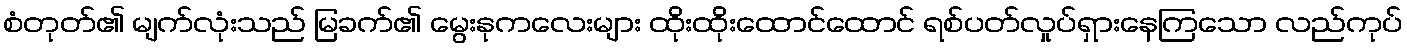
စံတုတ်၏ မျက်လုံးသည် မြခက်၏ မွေးနုကလေးများ ထိုးထိုးထောင်ထောင် ရစ်ပတ်လှုပ်ရှားနေကြသော လည်ကုပ်